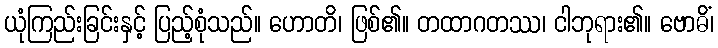
ယုံကြည်းခြင်းနှင့် ပြည့်စုံသည်။ ဟောတိ၊ ဖြစ်၏။ တထာဂတဿ၊ ငါဘုရား၏။ ဗောဓိံ၊